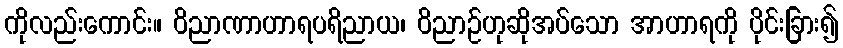
ကိုလည်းကောင်း။ ဝိညာဏာဟာရပရိညာယ၊ ဝိညာဉ်ဟုဆိုအပ်သော အာဟာရကို ပိုင်းခြား၍